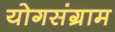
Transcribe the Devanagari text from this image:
योगसंग्राम